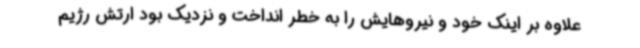
علاوه بر اینک خود و نیروهایش را به خطر انداخت و نزدیک بود ارتش رژیم